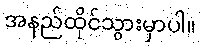
အနည်ထိုင်သွားမှာပါ။